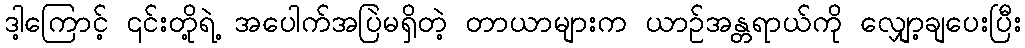
ဒါ့ကြောင့် ၎င်းတို့ရဲ့ အပေါက်အပြဲမရှိတဲ့ တာယာများက ယာဉ်အန္တရာယ်ကို လျှော့ချပေးပြီး